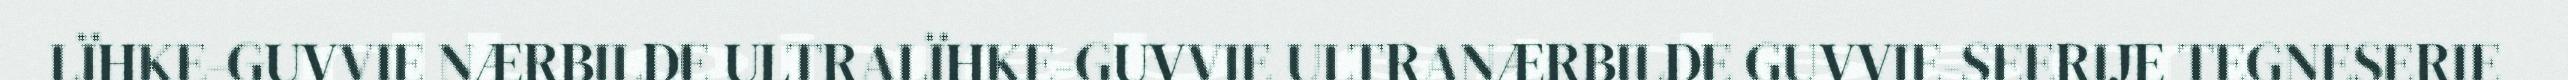
LÏHKE-GUVVIE NÆRBILDE ULTRALÏHKE-GUVVIE ULTRANÆRBILDE GUVVIE-SEERIJE TEGNESERIE